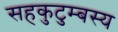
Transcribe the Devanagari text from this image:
सहकुटुम्बस्य